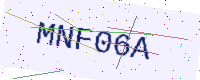
Text: MNF06A